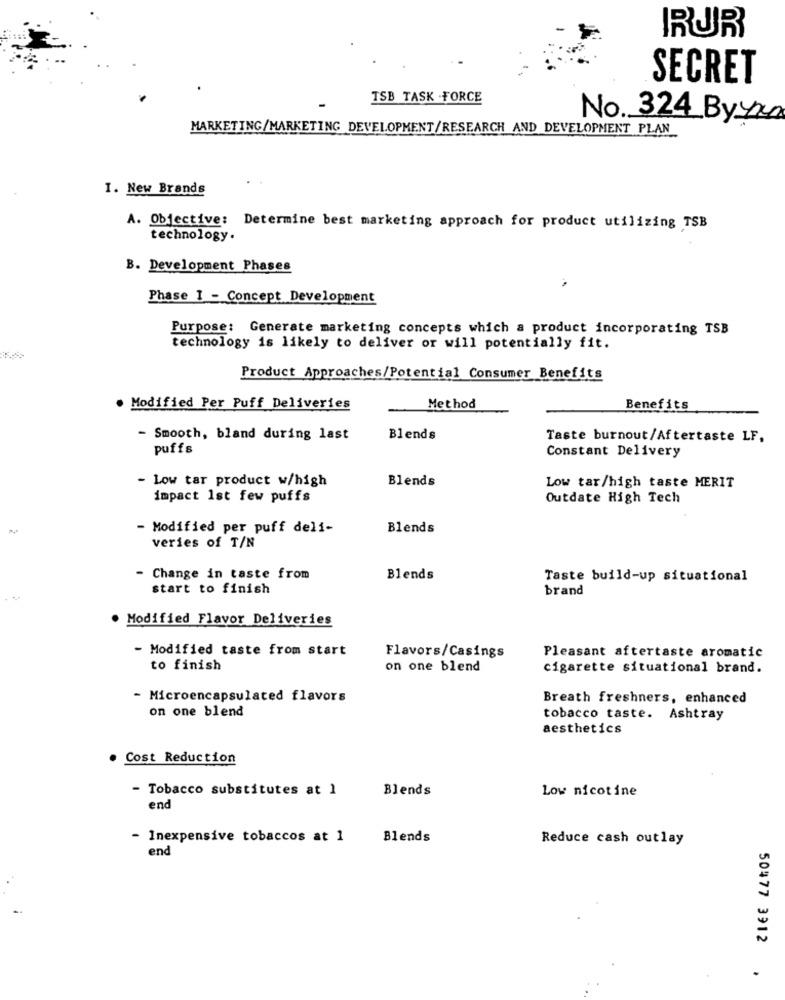
RUR
SECRET
TSB TASK FORCE
No. 324_ByYxa
MARKETING/MARKETING DEVELOPMENT/RESEARCH AND DEVELOPMENT PLAN
I. New Brands
A. Objective: Determine best marketing approach for product utilizing TSB
technology.
B. Development Phases
.
Phase 1 - Concept Development
Purpose: Generate marketing concepts which a product incorporating TSB
technology is likely to deliver or will potentially fit.
Product Approaches/Potential Consumer Benefits
Modified Per Puff Deliveries
Method
Benefits
- Smooth, bland during last
Blends
Taste burnout/Aftertaste LF,
puffs
Constant Delivery
- Low tar product w/high
Blends
Low tar/high taste MERIT
impact 1st few puffs
Outdate High Tech
- Modified per puff deli-
Blends
veries of T/N
- Change in taste from
Blends
Taste build-up situational
start to finish
brand
Modified Flavor Deliveries
- Modified taste from start
Flavors/Casings
Pleasant aftertaste aromatic
to finish
on one blend
cigarette situational brand.
- Microencapsulated flavors
Breath freshners, enhanced
on one blend
tobacco taste. Ashtray
aesthetics
. Cost Reduction
- Tobacco substitutes at 1
Blends
Low nicotine
end
- Inexpensive tobaccos at 1
Blends
Reduce cash outlay
end
50477 3912